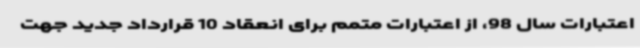
اعتبارات سال 98، از اعتبارات متمم برای انعقاد 10 قرارداد جدید جهت